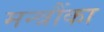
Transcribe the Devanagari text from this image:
मन्त्रौंका